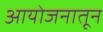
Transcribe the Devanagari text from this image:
आयोजनातून